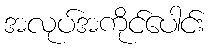
အလုပ်အကိုင်ပေါင်း